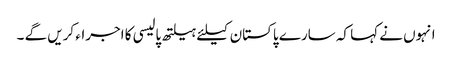
انہوں نے کہا کہ سارے پاکستان کیلئے ہیلتھ پالیسی کا اجراء کریں گے ۔